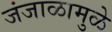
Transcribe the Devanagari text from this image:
जंजाळामुळे